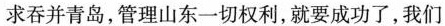
求吞并青岛，管理山东一切权利，就要成功了，我们